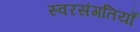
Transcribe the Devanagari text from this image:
स्वरसंगतियाँ